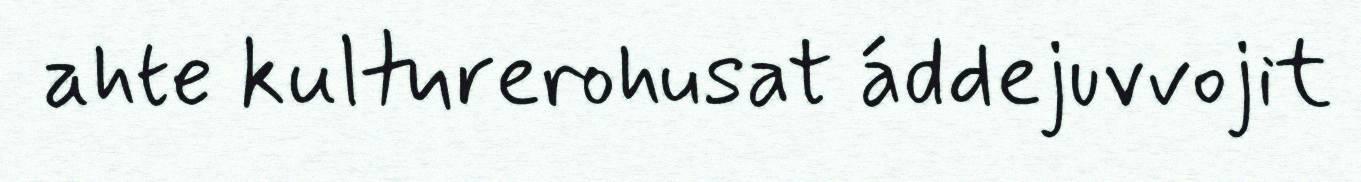
ahte kulturerohusat áddejuvvojit